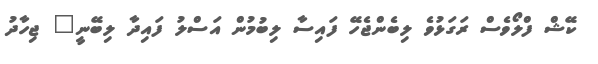
ކޭޝް ފްލޯވެސް ރަގަޅުވެ ލިބެންޖެހޭ ފައިސާ ލިބުމުން އަސްލު ފައިދާ ލިބޭނީ" ޖިހާދު